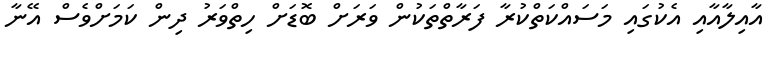
އާއިލާއާއި އެކުގައި މަސައްކަތްކުރާ ފަރާތްތަކުން ވަރަށް ބޮޑަށް ހިތްވަރު ދިން ކަމަށްވެސް އޭނާ